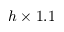
h \times 1 . 1